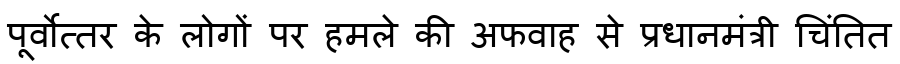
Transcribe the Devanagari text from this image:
पूर्वोत्तर के लोगों पर हमले की अफवाह से प्रधानमंत्री चिंतित